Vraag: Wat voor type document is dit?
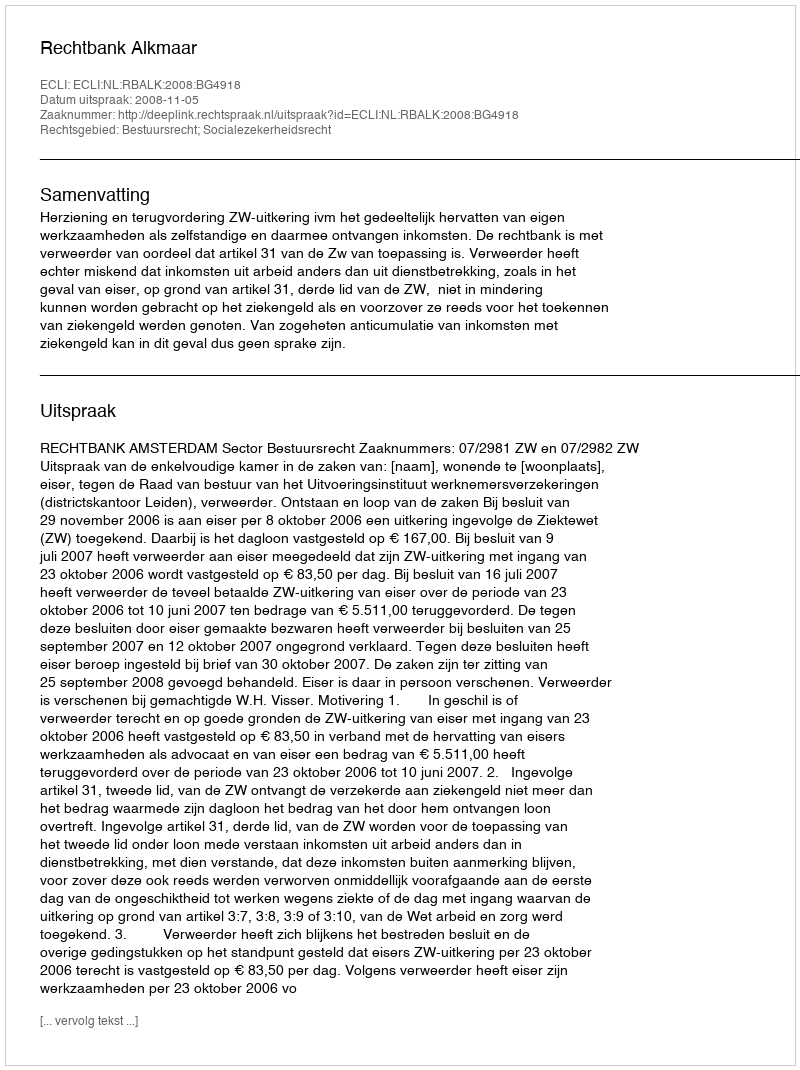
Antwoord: Uitspraak